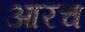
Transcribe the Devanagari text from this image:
आरच